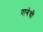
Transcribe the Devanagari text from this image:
पागेची